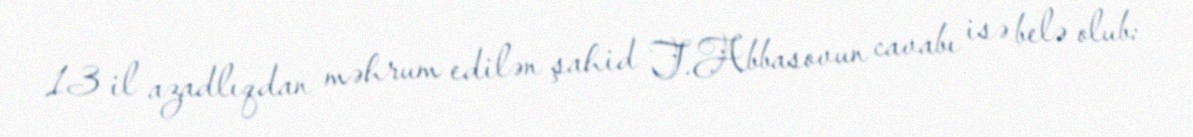
13 il azadlıqdan məhrum edilən şahid T.Abbasovun cavabı isə belə olub: